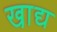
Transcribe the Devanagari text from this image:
खा़द्य